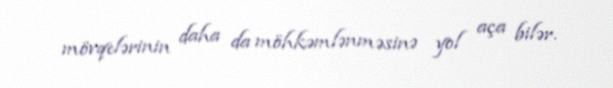
mövqelərinin daha da möhkəmlənməsinə yol aça bilər.